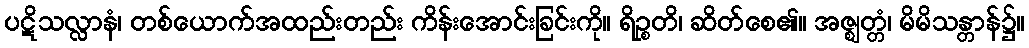
ပဋိသလ္လာနံ၊ တစ်ယောက်အထည်းတည်း ကိန်းအောင်းခြင်းကို။ ရိဉ္စတိ၊ ဆိတ်စေ၏။ အဇ္ဈတ္တံ၊ မိမိသန္တာန်၌။